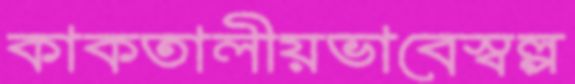
কাকতালীয়ভাবেস্বল্প